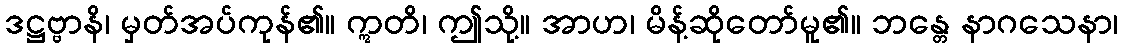
ဒဋ္ဌဗ္ဗာနိ၊ မှတ်အပ်ကုန်၏။ ဣတိ၊ ဤသို့။ အာဟ၊ မိန့်ဆိုတော်မူ၏။ ဘန္တေ နာဂသေနာ၊